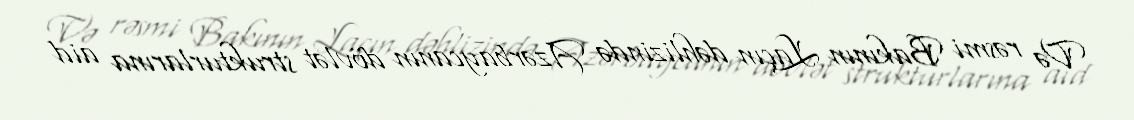
Və rəsmi Bakının Laçın dəhlizində Azərbaycanın dövlət strukturlarına aid